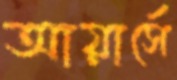
আয়ার্সে